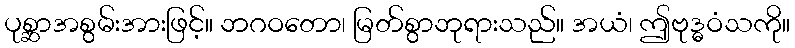
ပုစ္ဆာအစွမ်းအားဖြင့်။ ဘဂဝတော၊ မြတ်စွာဘုရားသည်။ အယံ၊ ဤဗုဒ္ဓဝံသကို။